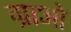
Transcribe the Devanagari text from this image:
ग्राओ